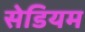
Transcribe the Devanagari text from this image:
सेडियम